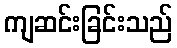
ကျဆင်းခြင်းသည်